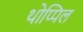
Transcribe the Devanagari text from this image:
थोप्पिल